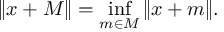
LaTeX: \| x + M \| = \operatorname* { i n f } _ { m \in M } \| x + m \| .